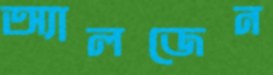
অ্যালজেন